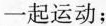
一起运动；